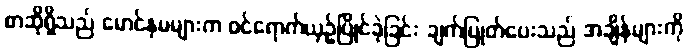
စာဆိုရှိသည် မောင်နှမများက ဝင်ရောက်ယှဉ်ပြိုင်ခဲ့ခြင်း ချက်ပြုတ်ပေးသည် အချိန်များကို